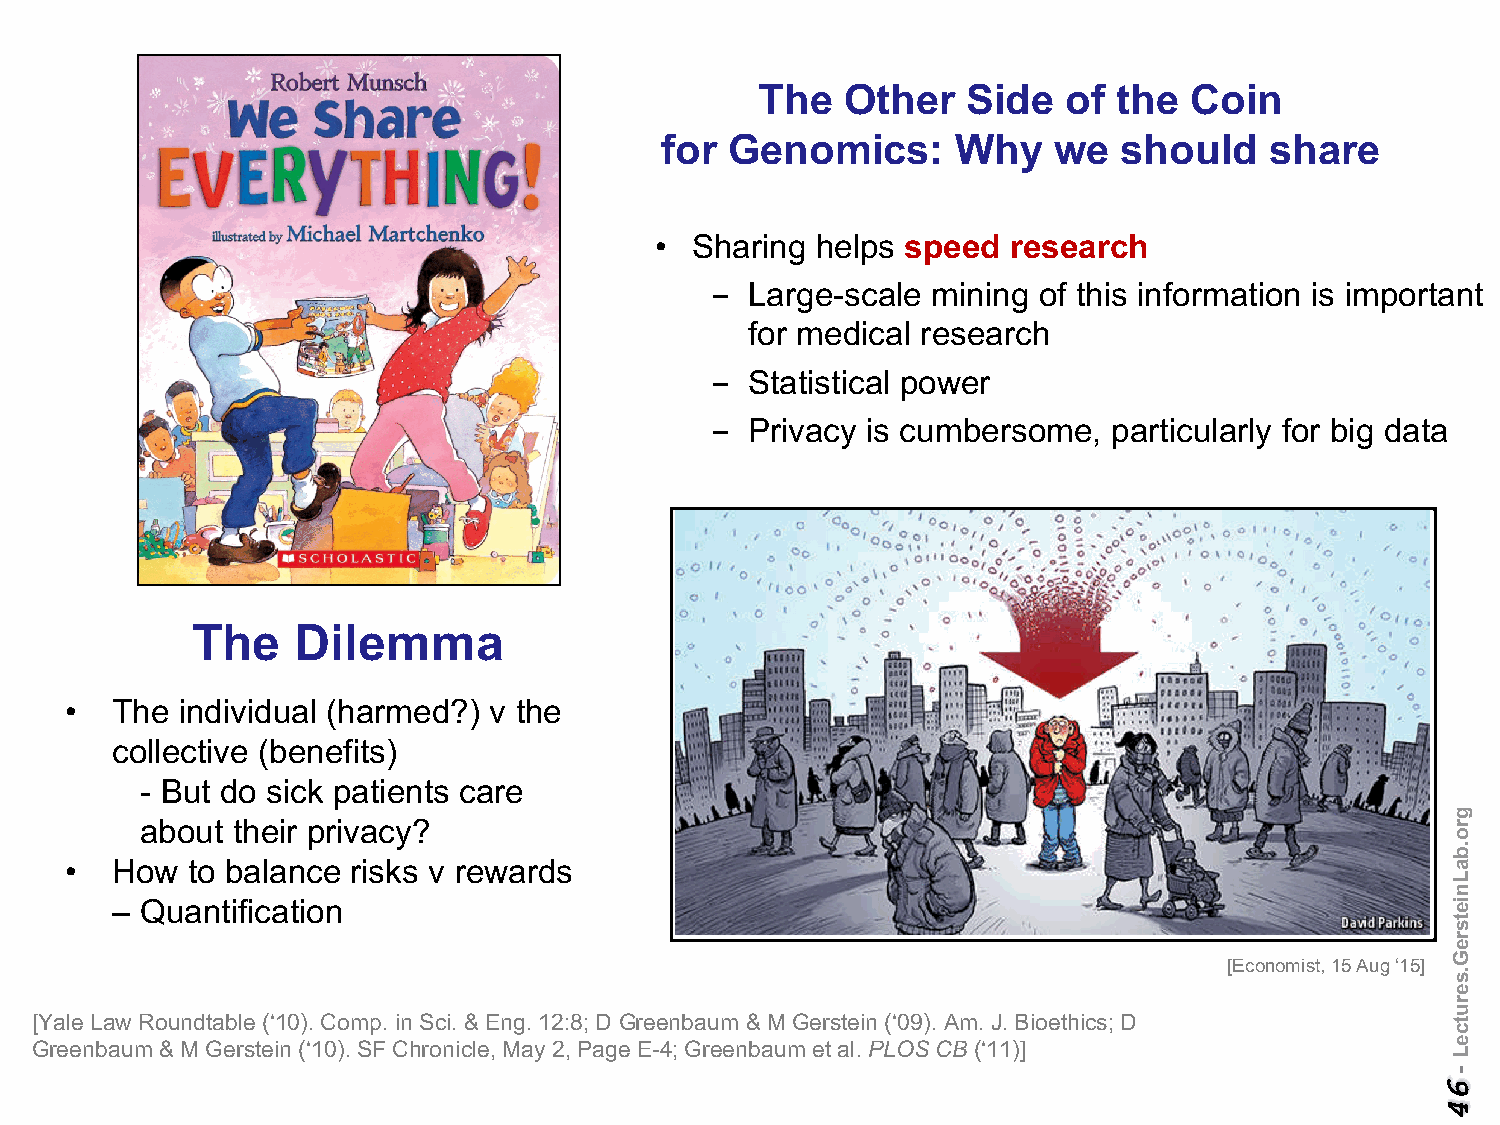
The   Other   Side   of the  Coin
 for Genomics:      Why    we  should    share
 •  Sharing helps speed  research
 -  Large-scale mining of this information is important
 for medical research
 -  Statistical power
 -  Privacy is cumbersome,  particularly for big data
 The    Dilemma
 •  The  individual (harmed?) v the
 collective (benefits)
 - But do sick patients care
 about their privacy?
 •  How  to balance risks v rewards
 – Quantification
 [Economist, 15 Aug ‘15]
 [Yale Law Roundtable (‘10). Comp. in Sci. & Eng. 12:8; D Greenbaum& M Gerstein (‘09). Am. J. Bioethics; D
 Greenbaum& M Gerstein (‘10). SF Chronicle, May 2, Page E-4; Greenbaum et al. PLOS CB (‘11)]
 gro.baLnietsreG.serutceL
 -
 64